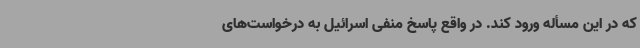
که در این مسأله ورود کند. در واقع پاسخ منفی اسرائیل به درخواست‌های